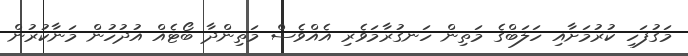
މަގުފަހި ކުރުމަށާއި ހަލަބްގެ މަތިން ހަނގުރާމަވެރި އެއްވެސް މަތިންދާ ބޯޓެއް އުދުހުން މަނާކުރުން